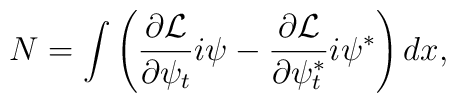
N=\int\left(\frac{\partial{\cal L}}{\partial\psi_t}i\psi-\frac{\partial{\cal L}}{\partial\psi^*_t}i\psi^*\right)dx,